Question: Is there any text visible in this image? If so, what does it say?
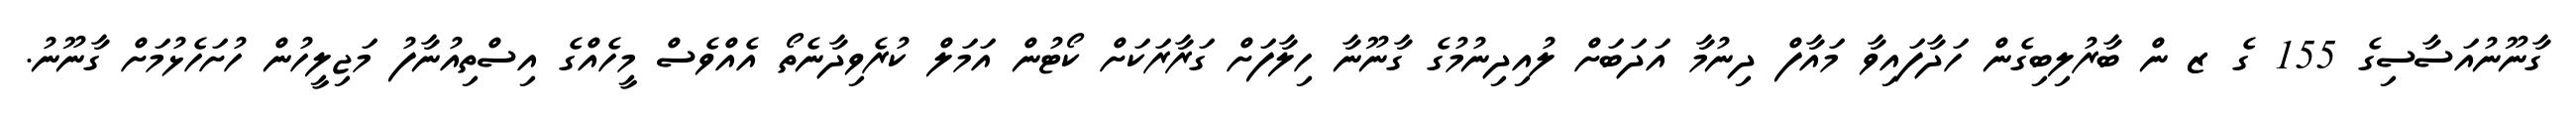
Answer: ގާނޫނުއަސާސިގެ 155 ގެ ޒ ން ބާރުލިބިގެން ހަދާފައިވާ މައާފް ދިނުމާ އަދަބަށް ލުއިދިނުމުގެ ގާނޫނާ ހިލާފަށް ގަރާރަކަށް ކޯޓުން އަމަލް ކުރެވިދާނެތޯ އެއްވެސް މީހެއްގެ އިސްތިއުނާފު މަޖިލީހުން ހުށަހެޅުމަށް ގާނޫނު.